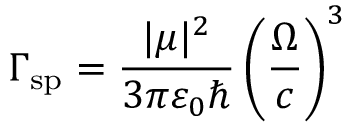
\Gamma _ { \mathrm { s p } } = \frac { | \boldsymbol { \mu } | ^ { 2 } } { 3 \pi \varepsilon _ { 0 } \hbar } \left( \frac { \Omega } { c } \right) ^ { 3 }